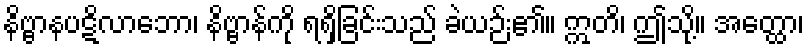
နိဗ္ဗာနပဋိလာဘော၊ နိဗ္ဗာန်ကို ရရှိခြင်းသည် ခဲယဉ်း၏။ ဣတိ၊ ဤသို့။ အတ္ထော၊